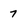
Character: 7